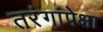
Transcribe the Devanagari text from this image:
तरंगांपेक्षा